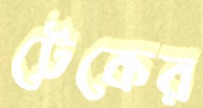
টেকের